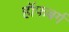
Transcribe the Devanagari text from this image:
हॉफबर्ग